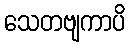
သေတဗျကာပိ